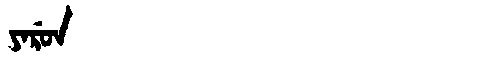
Manchu: ᠶᠠᡵᡠᠨ
Romanization: YARUN